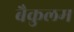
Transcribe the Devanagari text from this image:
बैकुलम